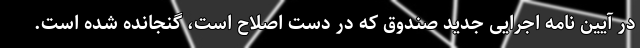
در آیین نامه اجرایی جدید صندوق که در دست اصلاح است، گنجانده شده است.